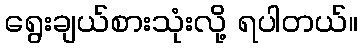
ရွေးချယ်စားသုံးလို့ ရပါတယ်။